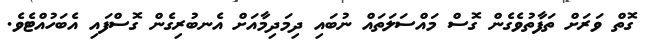
ގޮތް ވަރަށް ތަފާތުވެގެން ގޮސް މައްސަލަތައް ނުބައި ދިމަދިމާއަށް އެނބުރިގެން ގޮސްފައި އެބަހުއްޓެވެ.